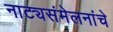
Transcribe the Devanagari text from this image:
नाट्यसंमेलनांचे